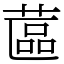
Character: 蓲